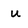
Character: u